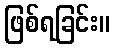
ဖြစ်ရခြင်း။